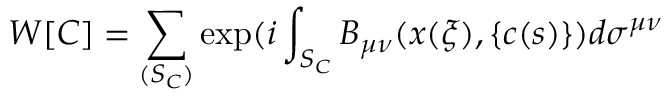
W [ C ] = \sum _ { ( S _ { C } ) } \exp ( i \int _ { S _ { C } } B _ { \mu \nu } ( x ( \xi ) , \{ c ( s ) \} ) d \sigma ^ { \mu \nu }